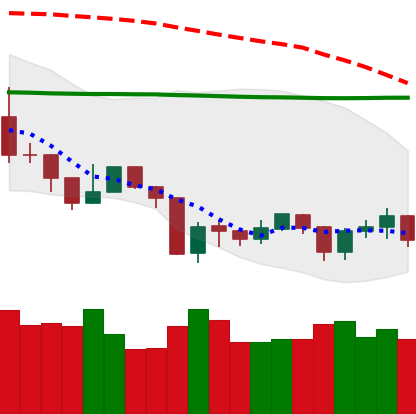
Ticker: NEO-USD
Chart end date: 2019-08-25
Forward return: -9.313%
Label: down_7plus